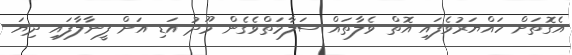
އެގޮތަށް ހައްޔަރުވެފައި އޮތް ވެލާތައް ސަލާމަތްވެގެން މޫދު އަޑި އަށް ފީނާލާފައި ދިޔަ